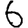
Digit: 6